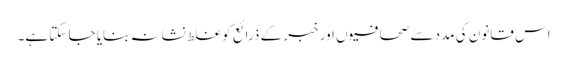
اس قانون کی مدد سے صحافیوں اور خبر کے ذرائع کو غلط نشانہ بنایا جا سکتا ہے۔